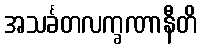
အသင်္ခတလက္ခဏာနီတိ